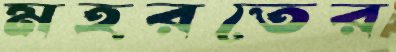
মহরতের